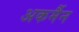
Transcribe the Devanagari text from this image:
अकर्मैन